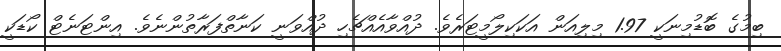
ބިމުގެ ބޮޑުމިނަކީ 1.97 މިލިއަން އަކަކިލޯމީޓަރެވެ. ދުއްވާއެއްޗެހި ދުއްވަނީ ކަނާތްފަރާތުންނެވެ. އިންޓަނެޓް ކޯޑަކީ